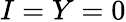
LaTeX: I=Y=0